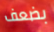
بضعف